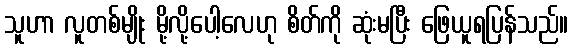
သူဟာ လူတစ်မျိုး မို့လို့ပေါ့လေဟု စိတ်ကို ဆုံးမပြီး ဖြေယူရပြန်သည်။